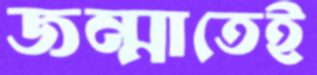
জন্মাতেই